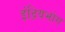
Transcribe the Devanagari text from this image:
इंद्रियभोग